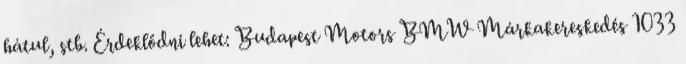
hátul, stb. Érdeklődni lehet: Budapest Motors BMW Márkakereskedés 1033